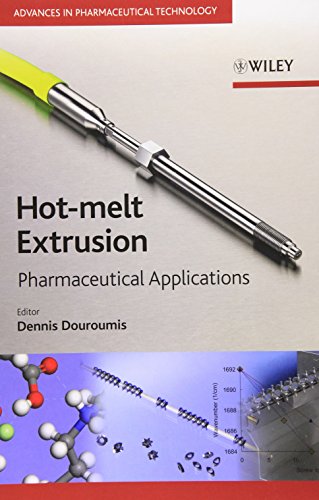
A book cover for Hot-Melt Extrusion: Pharmaceutical Applications; Dennis Douroumis; Medical Books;